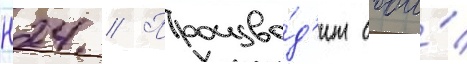
н24 // Произво́д'ит свои́